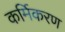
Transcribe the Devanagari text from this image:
कर्मिकरण